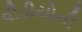
વીડીયોની